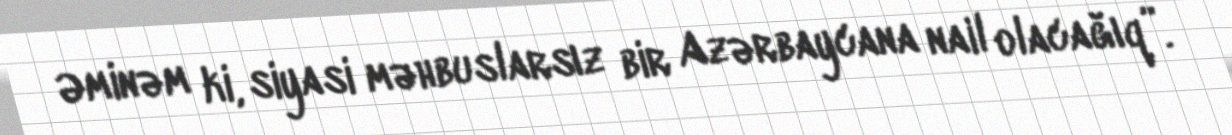
Əminəm ki, siyasi məhbuslarsız bir Azərbaycana nail olacağıq”.